Indian journal of veterinary science and animal husbandry - Volumes 26-27, 1956-1957
Year: 1956
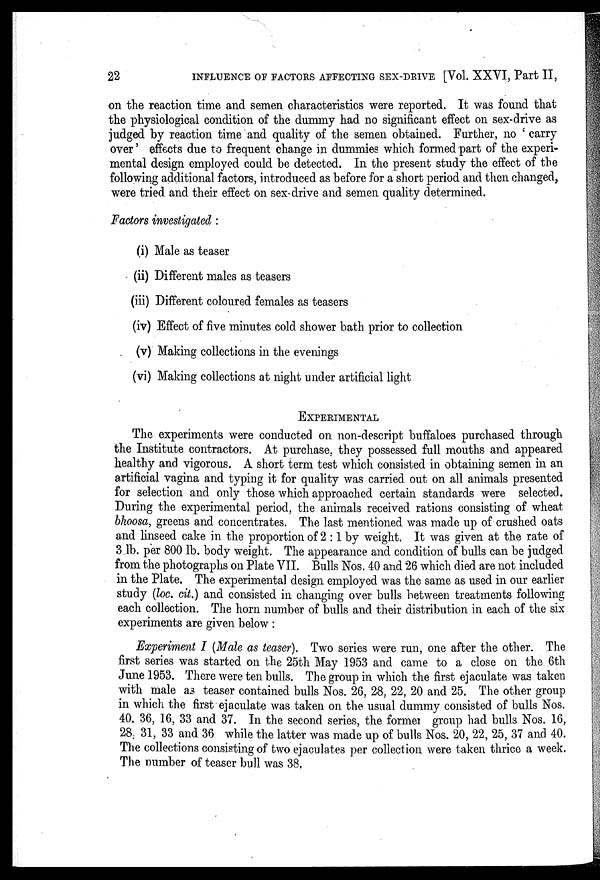
22
INFLUENCE OF FACTORS AFFECTING SEX-DRIVE [Vol. XXVI, Part II,
on the reaction time and semen characteristics were reported. It was found that
the physiological condition of the dummy had no significant effect on sex-drive as
judged by reaction time and quality of the semen obtained. Further, no ' carry
over' effects due to frequent change in dummies which formed part of the experi-
mental design employed could be detected. In the present study the effect of the
following additional factors, introduced as before for a short period and then changed,
were tried and their effect on sex-drive and semen quality determined.
Factors investigated :
(i) Male as teaser
(ii) Different males as teasers
(iii) Different coloured females as teasers
(iv) Effect of five minutes cold shower bath prior to collection
(v) Making collections in the evenings
(vi) Making collections at night under artificial light
EXPERIMENTAL
The experiments were conducted on non-descript buffaloes purchased through
the Institute contractors. At purchase, they possessed full mouths and appeared
healthy and vigorous. A short term test which consisted in obtaining semen in an
artificial vagina and typing it for quality was carried out on all animals presented
for selection and only those which approached certain standards were selected.
During the experimental period, the animals received rations consisting of wheat
bhoosa, greens and concentrates. The last mentioned was made up of crushed oats
and linseed cake in the proportion of 2 : 1 by weight. It was given at the rate of
3 lb. per 800 lb. body weight. The appearance and condition of bulls can be judged
from the photographs on Plate VII. Bulls Nos. 40 and 26 which died are not included
in the Plate. The experimental design employed was the same as used in our earlier
study (loc. cit.) and consisted in changing over bulls between treatments following
each collection. The horn number of bulls and their distribution in each of the six
experiments are given below :
Experiment I (Male as teaser). Two series were run, one after the other. The
first series was started on the 25th May 1953 and came to a close on the 6th
June 1953. There were ten bulls. The group in which the first ejaculate was taken
with male as teaser contained bulls Nos. 26, 28, 22, 20 and 25. The other group
in which the first ejaculate was taken on the usual dummy consisted of bulls Nos.
40, 36, 16, 33 and 37. In the second series, the former group had bulls Nos. 16,
28, 31, 33 and 36 while the latter was made up of bulls Nos. 20, 22, 25, 37 and 40.
The collections consisting of two ejaculates per collection were taken thrice a week.
The number of teaser bull was 38.